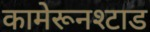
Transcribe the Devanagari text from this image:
कामेरूनश्टाड